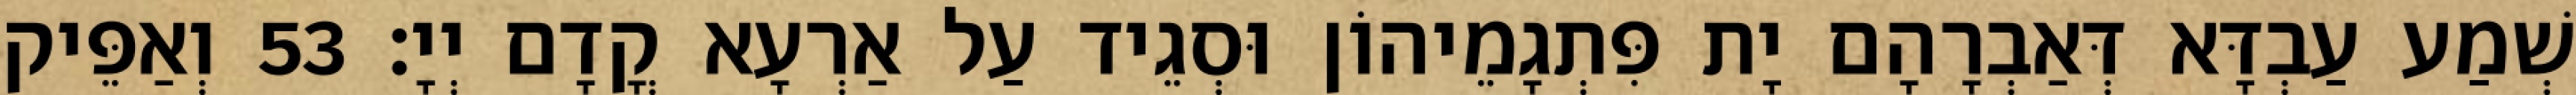
שְׁמַע עַבְדָּא דְּאַבְרָהָם יָת פִּתְגָמֵיהוֹן וּסְגֵיד עַל אַרְעָא קֳדָם יְיָ׃ 53 וְאַפֵּיק